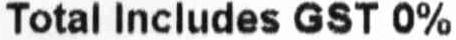
TOTAL INCLUDES GST 0%